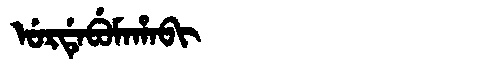
Manchu: ᡠᡵᡩᡝᠪᡠᠮᠠᡥᠠᠪᡳ
Romanization: URDEBUMAHABI